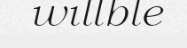
willble